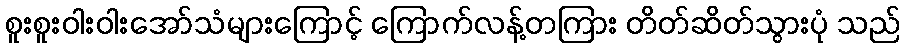
စူးစူးဝါးဝါးအော်သံများကြောင့် ကြောက်လန့်တကြား တိတ်ဆိတ်သွားပုံ သည်